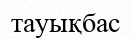
тауықбас